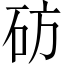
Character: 𬒂